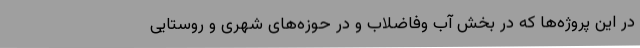
در این پروژه‌ها که در بخش آب وفاضلاب و در حوزه‌های شهری و روستایی